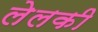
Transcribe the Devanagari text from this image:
लेलकी